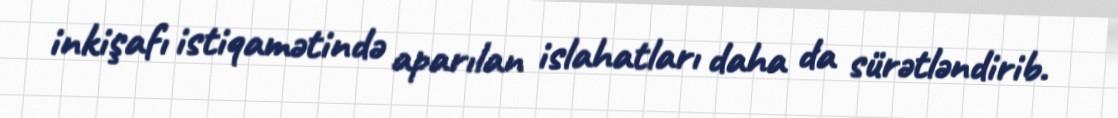
inkişafı istiqamətində aparılan islahatları daha da sürətləndirib.